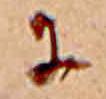
に